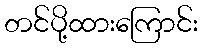
တင်ပို့ထားကြောင်း